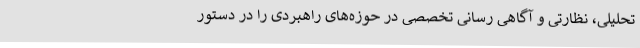
تحلیلی، نظارتی و آگاهی رسانی تخصصی در حوزه‌های راهبردی را در دستور